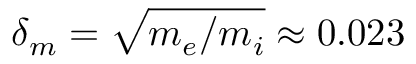
\delta _ { m } = \sqrt { m _ { e } / m _ { i } } \approx 0 . 0 2 3